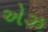
એઝ